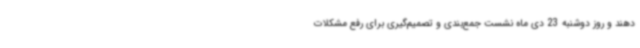
دهند و روز دوشنبه 23 دی ماه نشست جمع‌بندی و تصمیم‌گیری برای رفع مشکلات